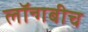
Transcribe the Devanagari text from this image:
लॉन्गबीच